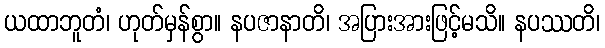
ယထာဘူတံ၊ ဟုတ်မှန်စွာ။ နပဇာနာတိ၊ အပြားအားဖြင့်မသိ။ နပဿတိ၊